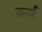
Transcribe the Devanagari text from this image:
क़र्ण